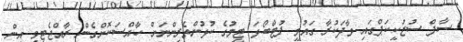
ސާފް ސުޒުކީކަޕްގައި ވާދަކުރާ ގައުމީ ފުޓްބޯޅަ ޓީމުގެ ކުޅުންތެރިންނަށް ހާއްސަކޮށްގެން ރާއްޖެޓީވީ އިން